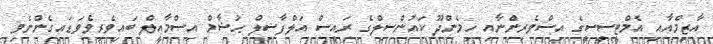
އާޒިމްއާއި އެމްޓީސީސީގެ އިސްވެރިންނާއި ހިމެންދޫ ކައުންސިލްގެ ރައީސް އަލްފާޟިލް ޙުޝާމް އިސްމާއީލް ބައިވެރިވެވަޑައިގެންނެވި